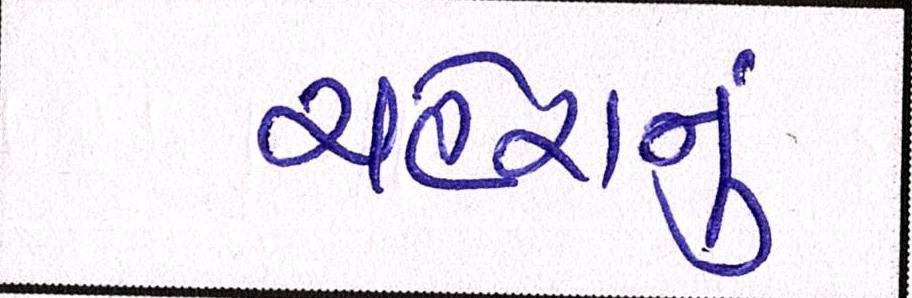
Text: ચહેરાનું